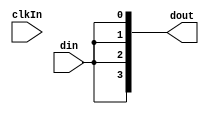
module ShiftRegister(din,clkIn,dout);
	input din,clkIn;
	output [3:0]dout;
	reg [3:0]value=4'b0000;
	
	always @(clkIn)
	begin
		value=value>>1;
		value[3]=din;
	end
	
	assign dout=value;
endmodule
//---------------------------------------------------------------------------------------------------
module Main();
	reg clk,sin;
	wire [3:0]data;
	integer i;
	initial begin
		$dumpfile("Exp10.vcd");
		$dumpvars;
		clk=1'b0;	sin=1'b1;	
		$display("------------------------------------------");
		$display("      Serial To Parallel Converter\n");
		$display("Time\tClk\tInput\tOutput");
		$display("------------------------------------------");
		$monitor("%g\t%b\t%b\t%b",$time,clk,sin,data);
		for(i=0;i<2;i=i+1)
		begin
			sin=~sin;
			#4
			sin=~sin;
			#4;
		end
		$finish;
	end
	
	always begin
		#1 clk=~clk;
	end
	
	ShiftRegister s1(sin,clk,data);
	
endmodule